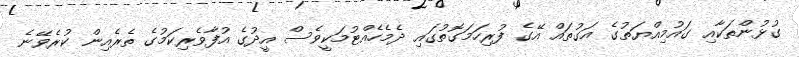
ގުޅުންތަކާއި ގައުމިއްޔަތުގެ އަގުތައް އޭގެ ފުރިހަމަގޮތުގައި ދެމެހެއްޓުމަކީވެސް އީދުގެ އުފާވެރިކަމުގެ ތެރެއިން ކުރެވޭނެ